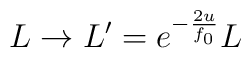
L \rightarrow L' = e^{- \frac{2u}{f_0}} L